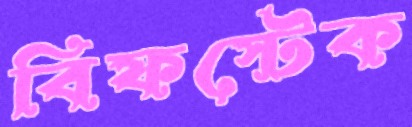
বিফস্টেক